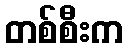
တစ်စီးက